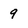
Character: 9